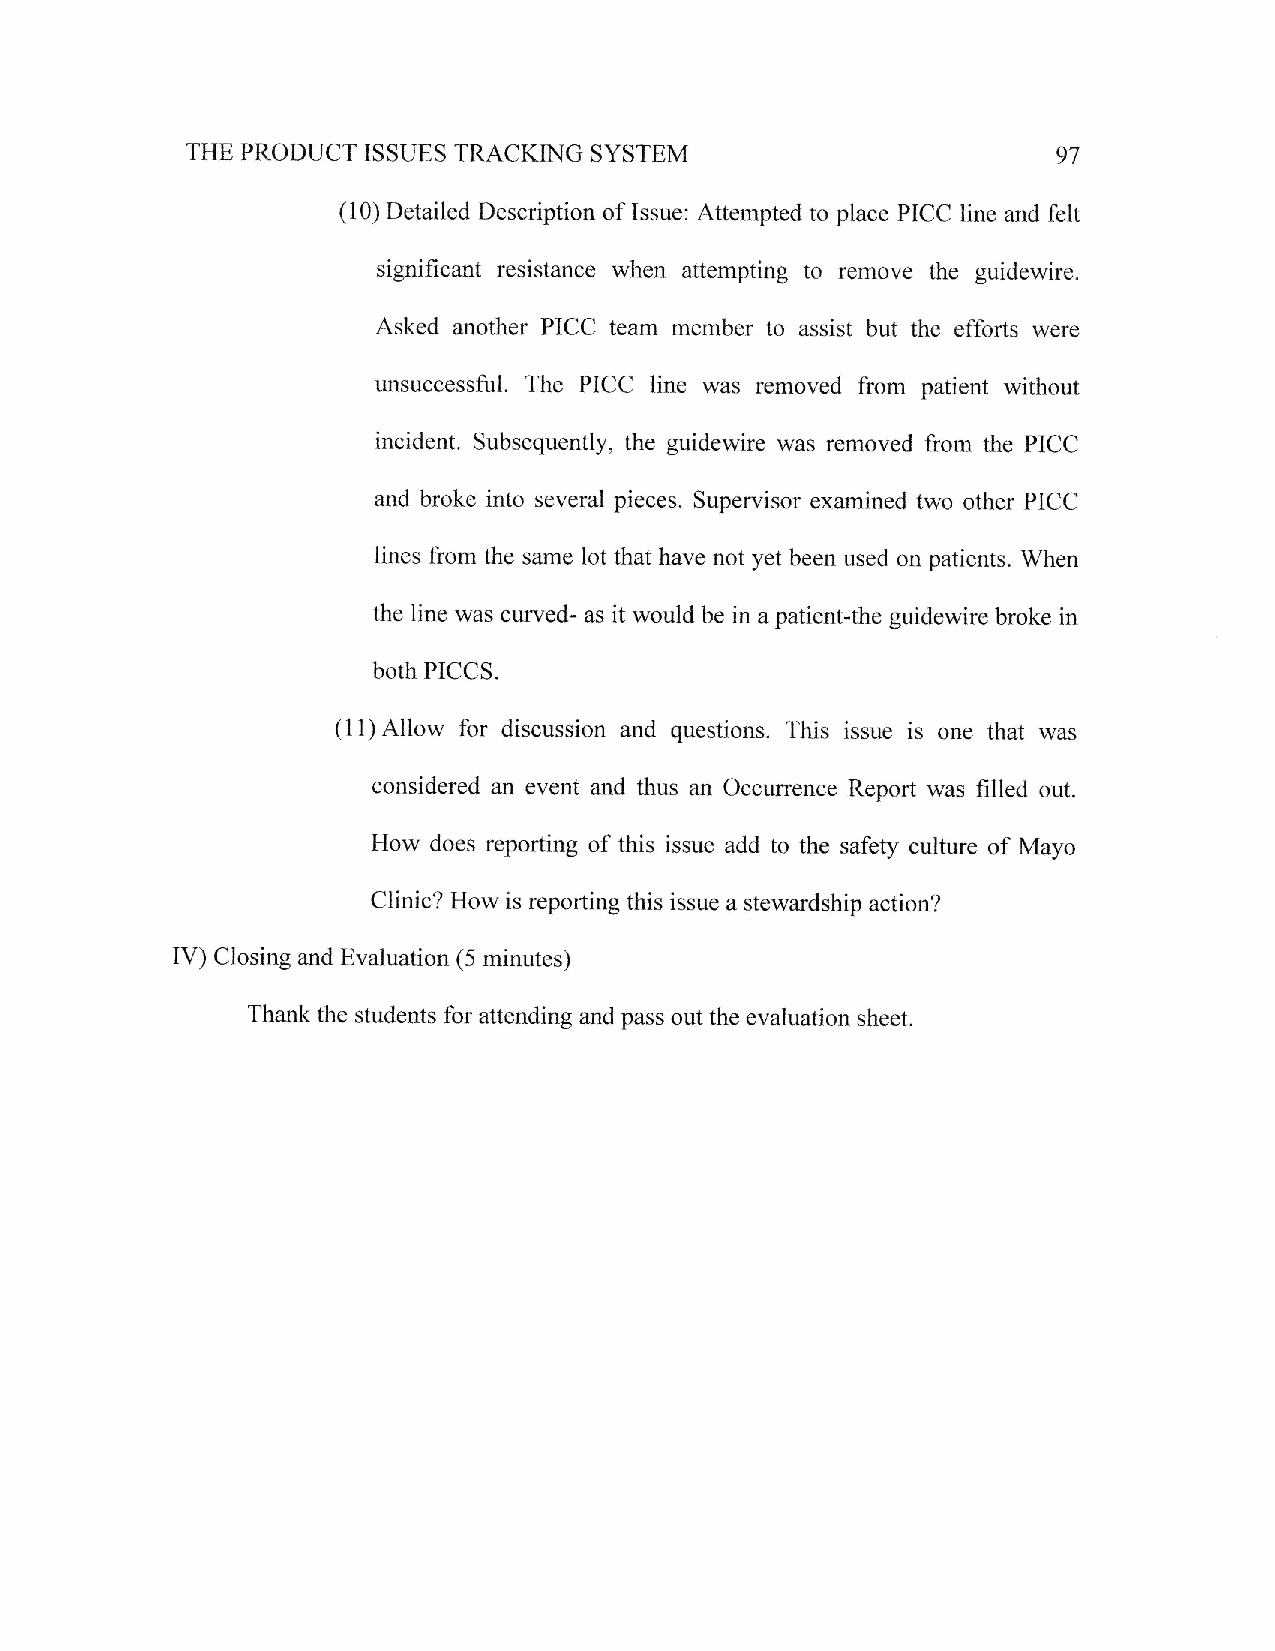
SYSTEM
 THE PRODUCT ISSUES TRACKING                               97
 (10) Detailed Description of Issue: Attempted to place PICC line and felt
 significant resistance when attempting to rernove the guidewire.
 Asked another PICC team member to assist but the efforts were
 unsuccessful. The PICC line was removed from patient without
 incident. Subsequently, the guidewire was removed from the PICC
 and broke into several pieces" Supervisor examined two other PICC
 lines from the same lot that have not yet been used on patients. When
 the line was curved- as it would be in a patient-the guidewire broke in
 both PICCS.
 (1 1) Allow for discussion and questions. This issue is one that was
 considered an event and thus an Occurrence Report was filled out.
 How does reporting of this issue add to the safety culture of Mayo
 Clinic? How is reporting this issue a stewardship action?
 IV) Closing and Evaluation (5 minutes)
 Thank the students for attending and pass out the evaluation sheet.